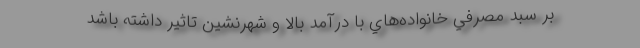
بر سبد مصرفي خانواده‌هاي با درآمد بالا و شهرنشين تاثير داشته باشد